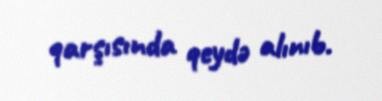
qarşısında qeydə alınıb.